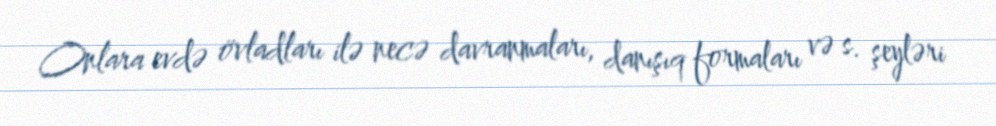
Onlara evdə övladları ilə necə davranmaları, danışıq formaları və s. şeyləri